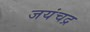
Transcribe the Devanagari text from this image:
जयंचद्र